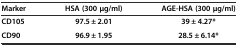
| Marker | HSA (300 μg/ml) | AGE-HSA (300 μg/ml) |
 | --- | --- | --- |
 | CD105 | 97.5 ± 2.01 | 39 ± 4.27* |
 | CD90 | 96.9 ± 1.95 | 28.5 ± 6.14* |